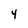
Character: 4